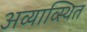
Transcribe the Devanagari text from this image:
अव्याव्स्थित